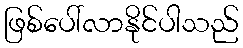
ဖြစ်ပေါ်လာနိုင်ပါသည်